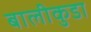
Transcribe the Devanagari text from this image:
बालीकुडा